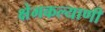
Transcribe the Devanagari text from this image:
क्षेमकल्याणी